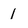
Character: 1